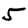
Digit: 5